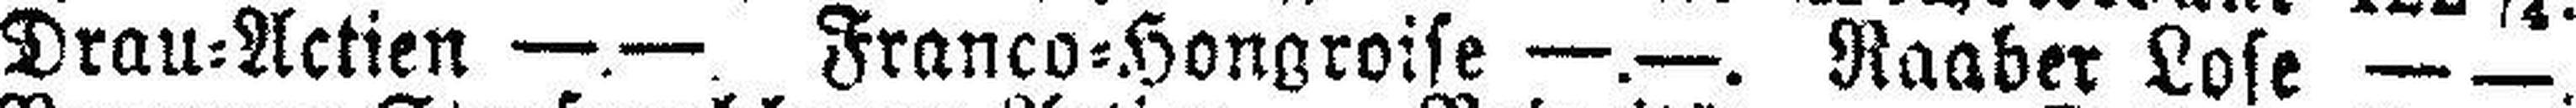
Drau=Actien —.—. Franco=Hongroise —.—. Raaber Lose — —.